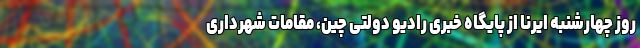
روز چهارشنبه ایرنا از پایگاه خبری رادیو دولتی چین، مقامات شهرداری